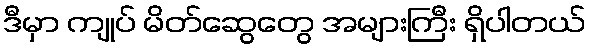
ဒီမှာ ကျုပ် မိတ်ဆွေတွေ အများကြီး ရှိပါတယ်